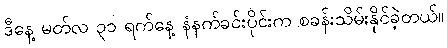
ဒီနေ့ မတ်လ ၃၁ ရက်နေ့ နံနက်ခင်းပိုင်းက စခန်းသိမ်းနိုင်ခဲ့တယ်။